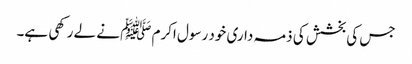
جس کی بخشش کی ذمہ داری خود رسول اکرم ﷺ نے لے رکھی ہے۔